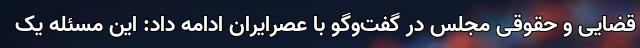
قضایی و حقوقی مجلس در گفت‌وگو با عصرایران ادامه داد: این مسئله یک